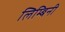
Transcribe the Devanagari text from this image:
लिम्बिनी